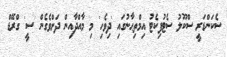
ސެކަންޑަރީ ސްކޫލު ސެޓުފިކެޓު އިމްތިޙާނުގައި 'ދިވެހި' މި މާއްދާއިން ދަށްވެގެން 'ސީ' ގްރޭޑް